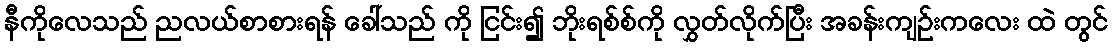
နီကိုလေသည် ညလယ်စာစားရန် ခေါ်သည် ကို ငြင်း၍ ဘိုးရစ်စ်ကို လွှတ်လိုက်ပြီး အခန်းကျဉ်းကလေး ထဲ တွင်